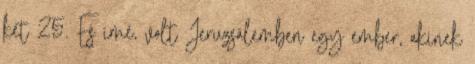
két 25. És ímé, volt Jeruzsálemben egy ember, akinek